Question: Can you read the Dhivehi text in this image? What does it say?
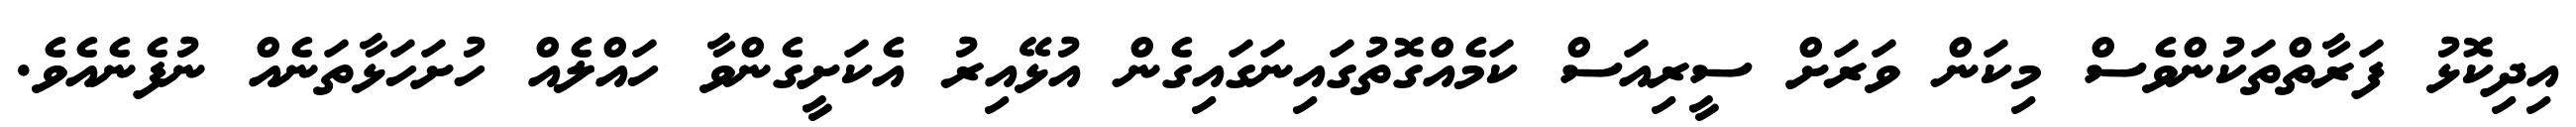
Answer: އިދިކޮޅު ފަރާތްތަކުންވެސް މިކަން ވަރަށް ސީރިއަސް ކަމެއްގޮތުގައިނަގައިގެން އުޅޭއިރު އެކަށީގެންވާ ހައްލެއް ހުށަހަޅާތަނެއް ނުފެނެއެވެ.